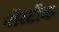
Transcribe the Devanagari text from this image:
नॉस्टॉक